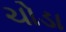
ચોડા